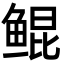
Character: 鲲